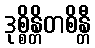
ဒုစ္စိန္တိတစိန္တီ